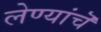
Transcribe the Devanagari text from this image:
लेण्यांचॆ